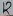
Text: 12